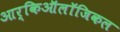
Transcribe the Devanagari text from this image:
आर्किऑलॉजिकल